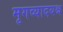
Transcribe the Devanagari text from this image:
मृगव्यादयश्च